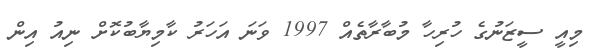
މިއީ ސީޒަނުގެ ހުރިހާ މުބާރާތެއް 1997 ވަނަ އަހަރު ކާމިޔާބުކޮށް ނިއު އިން